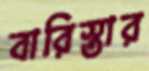
বারিস্তার